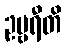
ဥဗ္ဗရီတိ